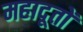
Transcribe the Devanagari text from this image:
महादूतों